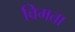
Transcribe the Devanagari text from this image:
विमता